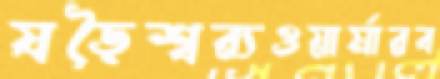
ষড়ৈশ্বর্যওয়ার্মারব